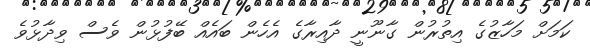
ކަމަށް މަހާޒުގެ އިތުރުން ގާނޫނީ ދާއިރާގެ އެހެން ބައެއް ބޭފުޅުން ވެސް ވިދާޅުވެ